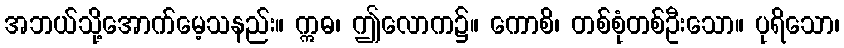
အဘယ်သို့အောက်မေ့သနည်း။ ဣဓ၊ ဤလောက၌။ ကောစိ၊ တစ်စုံတစ်ဦးသော။ ပုရိသော၊